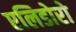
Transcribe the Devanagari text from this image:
एलिडोरो